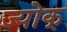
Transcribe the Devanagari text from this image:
ज्योक्